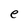
Character: e